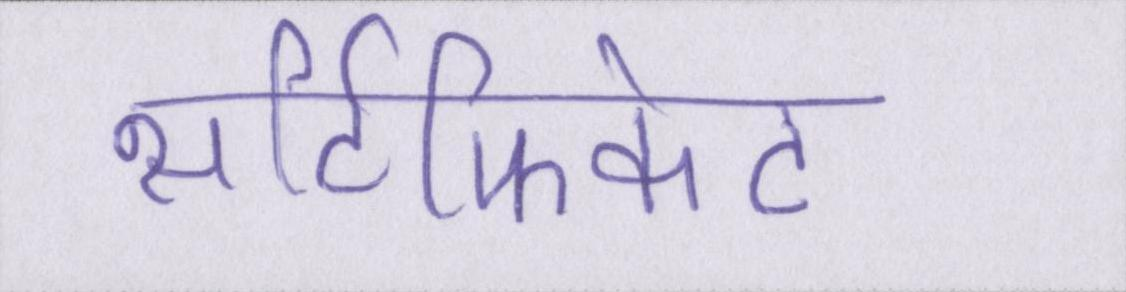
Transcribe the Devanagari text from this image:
सर्टिफिकेट